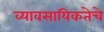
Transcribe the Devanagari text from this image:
व्यावसायिकतेचे